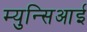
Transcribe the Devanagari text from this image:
म्युन्सिआई